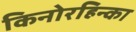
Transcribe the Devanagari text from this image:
किनोरहिन्का